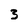
Character: 3